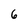
Character: 6